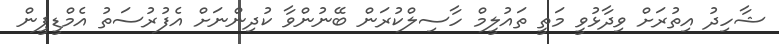
ޝާހިދު އިތުރަށް ވިދާޅުވީ މަތީ ތައުލީމް ހާސިލްކުރަން ބޭނުންވާ ކުދިންނަށް އެފުރުސަތު އެމްޑީޕީން